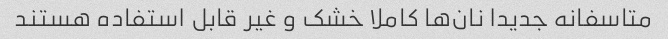
متاسفانه جدیدا نان‌ها کاملا خشک و غیر قابل استفاده هستند